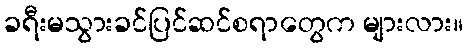
ခရီးမသွားခင်ပြင်ဆင်စရာတွေက များလား။